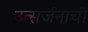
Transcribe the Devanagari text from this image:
उत्सर्जनाची